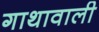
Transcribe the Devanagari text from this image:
गाथावाली